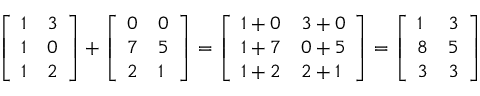
{ \left[ \begin{array} { l l } { 1 } & { 3 } \\ { 1 } & { 0 } \\ { 1 } & { 2 } \end{array} \right] } + { \left[ \begin{array} { l l } { 0 } & { 0 } \\ { 7 } & { 5 } \\ { 2 } & { 1 } \end{array} \right] } = { \left[ \begin{array} { l l } { 1 + 0 } & { 3 + 0 } \\ { 1 + 7 } & { 0 + 5 } \\ { 1 + 2 } & { 2 + 1 } \end{array} \right] } = { \left[ \begin{array} { l l } { 1 } & { 3 } \\ { 8 } & { 5 } \\ { 3 } & { 3 } \end{array} \right] }